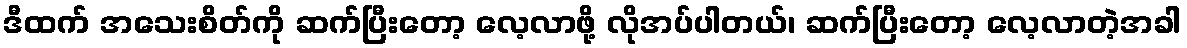
ဒီထက် အသေးစိတ်ကို ဆက်ပြီးတော့ လေ့လာဖို့ လိုအပ်ပါတယ်၊ ဆက်ပြီးတော့ လေ့လာတဲ့အခါ